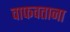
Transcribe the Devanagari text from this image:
वाफवताना